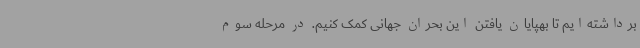
برداشته‌ایم تا بهپایان یافتن این بحران جهانی کمک کنیم. در مرحله سوم